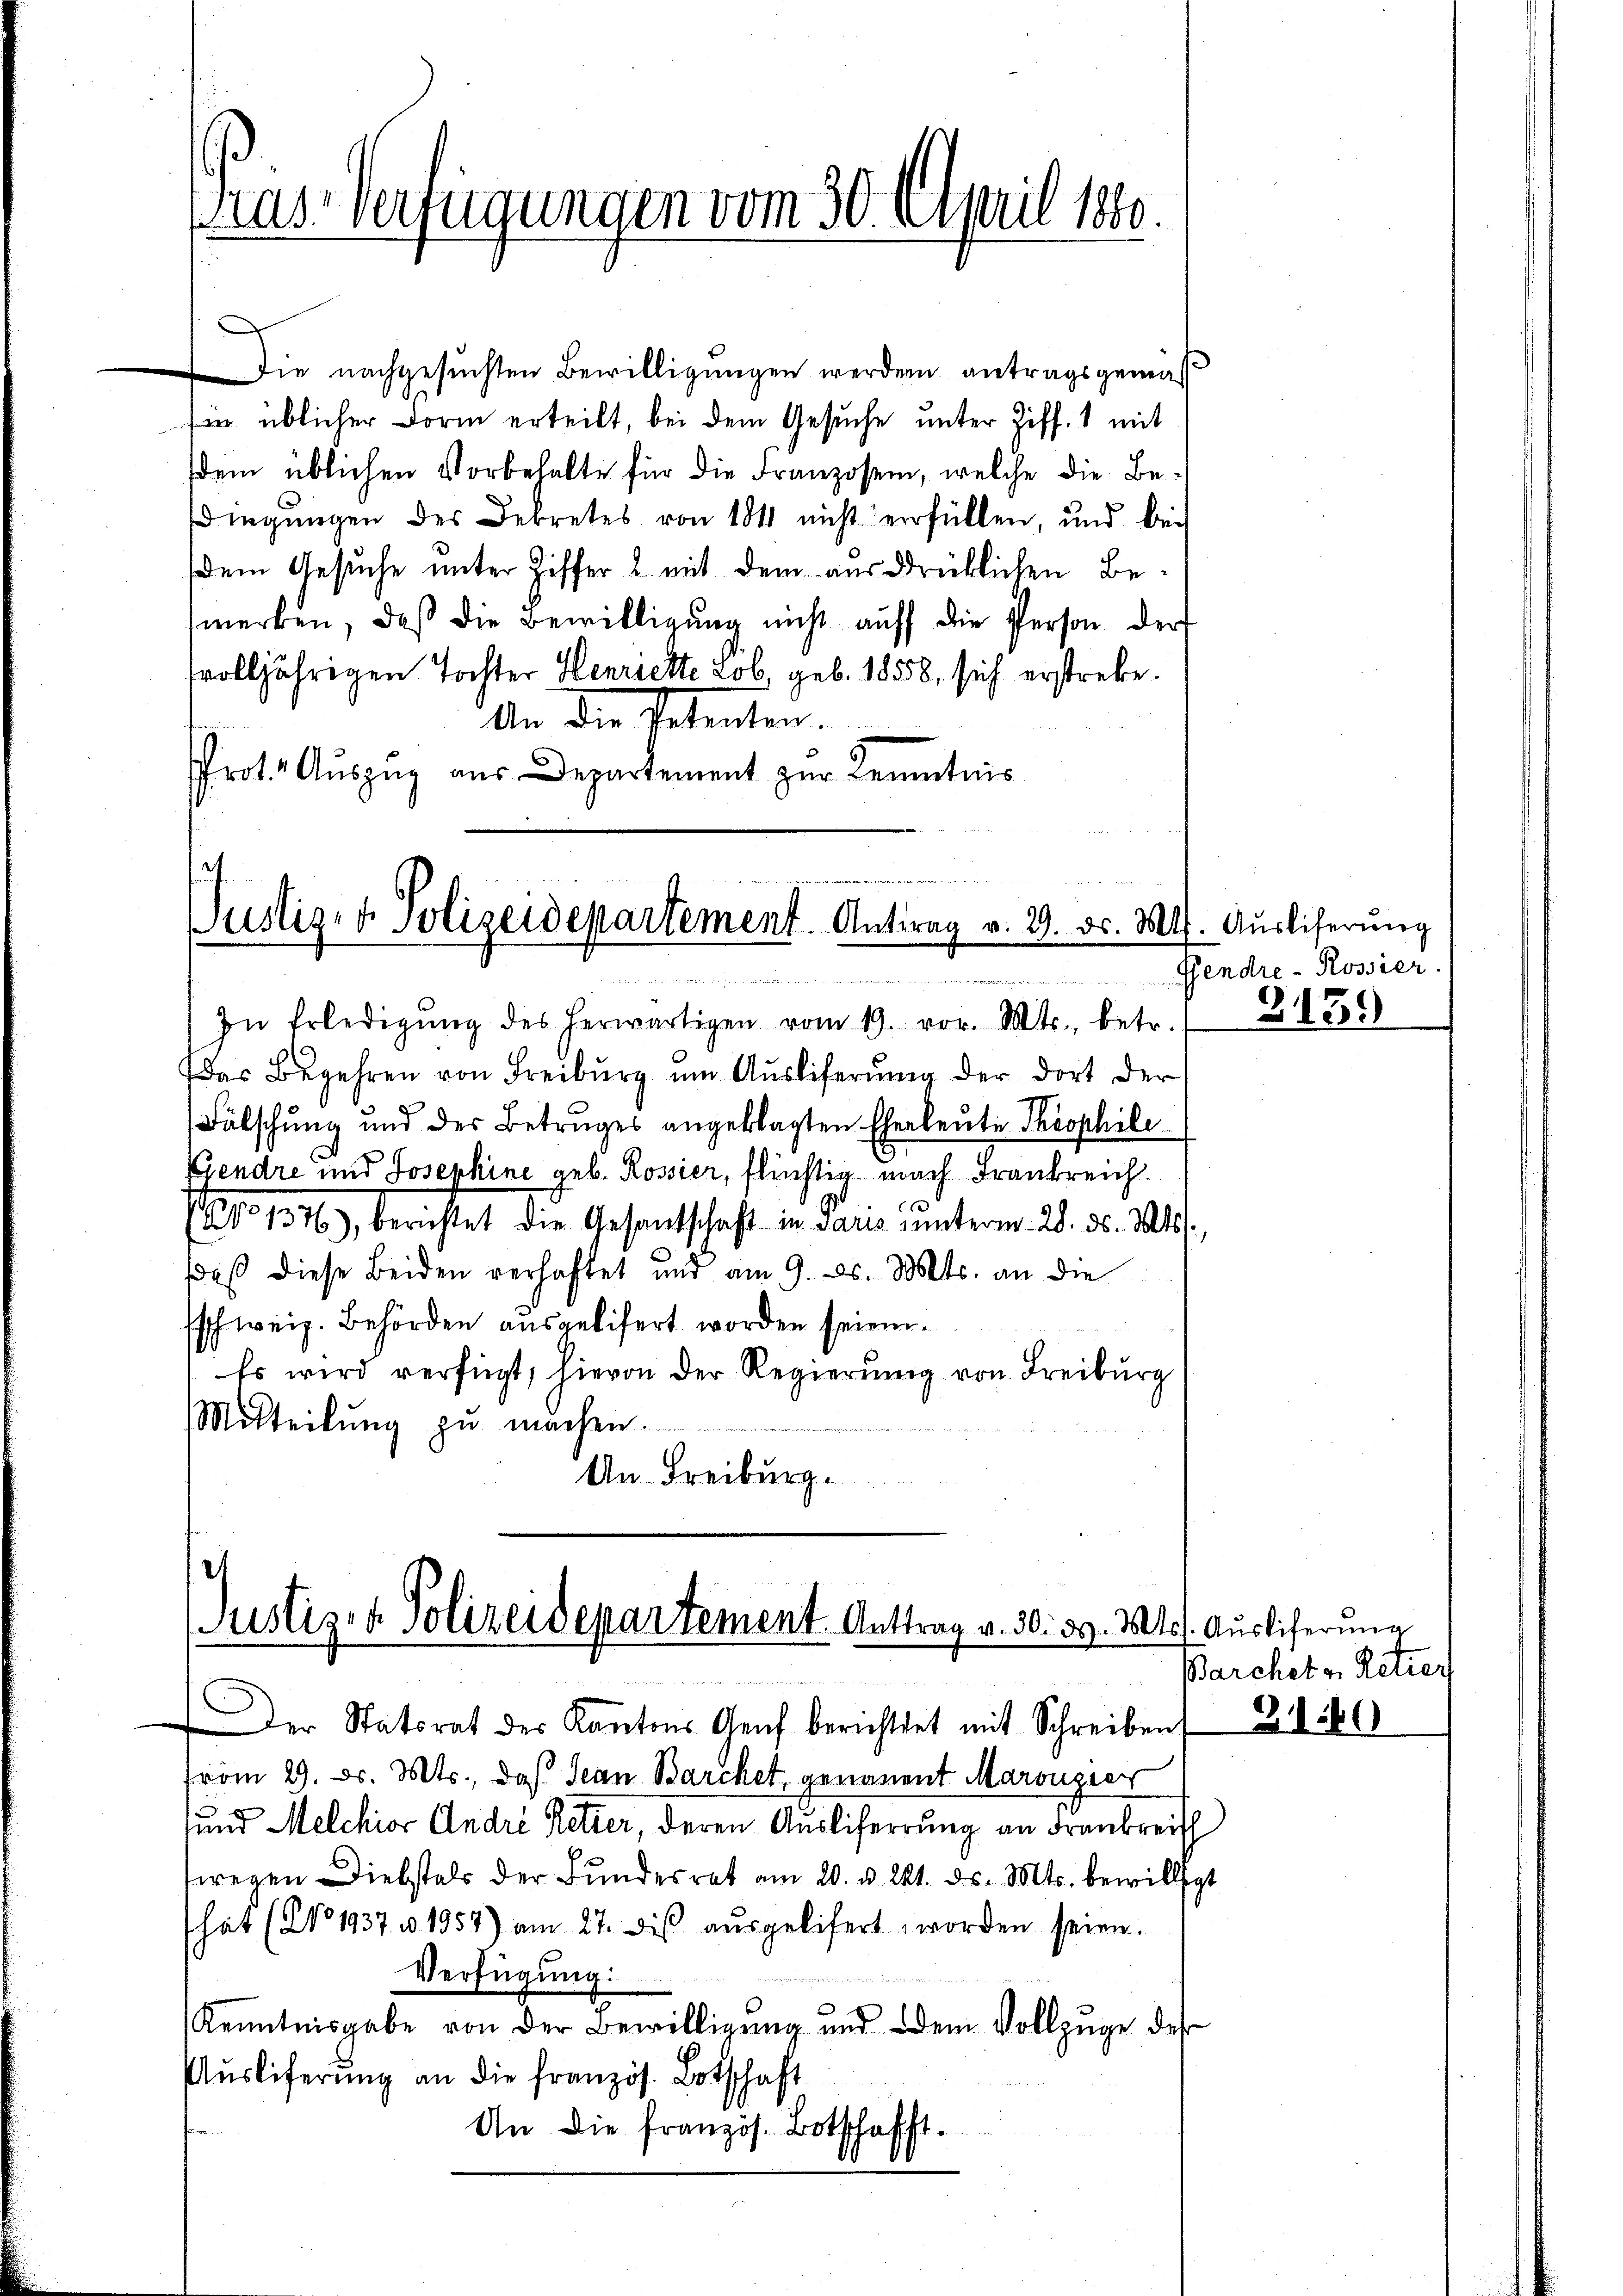
Die nachgesuchten Bewilligungen werden antragsgemäß
fin üblicher Form erteilt, bei dem Gesuche unter Ziff. 1 mit
dem üblichen Vorbehalte für die Franzosen, welche die Bedingungen des Dekretes von 104 nicht verfüllen, und bei
dem Gesuche unter Ziffer & mit dem aus drücklichen Bemerken, daβ die Bewilligŭng nicht aŭf die Person der
volljährigen Tochter Henriette Lob, geb. 18558, sich erstrebe.
An die Petenten.
Prot. Auszug aus Departement zur Kenntnis

ras Verfügungen vom 30. April 1880.

In Erledigŭng des herwärtigen vom 19. vor. Mts., betr.
Das Begehren von Freiburg um Auslieferŭng der dort der
Fälschung und des Betruges angeklagten Eheleute Theophile
E
Viendre und Josephine geb. Rossier, flüchtig nach Frankreich.
No 1346), berichtet die Gesandtschaft in Paris unterm 28. ds. 2016.
daß diese Beiden verhaftet und am 9. ds. Mts. an die
Eschweiz. Behörden ausgelifert worden seien.
Es wird verfügt, hievon der Regierŭng von Freiburg
Mitteilŭng zŭ machen.
An Freiburg.

Justiz- & Polizeidepartement. Antrag v. 9. d. M.

Justiz- & Polizeidepartement Anttrag v. 30. 39. 11.

Der Statsrat der Kantons Genf berichtet mit Schreiben
vom 29. d. Mts., daß Jean Barchet, genoment Marougier
und Melchior André Retter, deren Ausliferrung an Frankreich
swegen Diebstals der Fundesrat am 20. v. 21. ds. Mts. bewilligt
hat (No 1937. v. 1957) am 27. dies ausgelifert worden seien.
Verfügung:
Kenntnisgabe von der Bewilligŭng und dem Vollzüge des
Auslieferung an die französ. Botschaft
An die französ. Botschafft.

k. Auslieferung
Gendre - Rossier.
3139)

st. Ausliferung
Barchet v. Retie

b